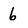
Character: 6